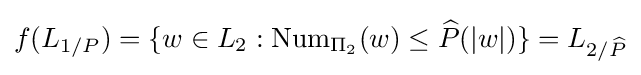
f(L_{1/P})=\{w\in L_{2}:\operatorname {Num} _{\Pi _{2}}(w)\leq {\widehat {P}}(|w|)\}=L_{2/{\widehat {P}}}